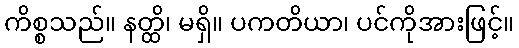
ကိစ္စသည်။ နတ္ထိ၊ မရှိ။ ပကတိယာ၊ ပင်ကိုအားဖြင့်။